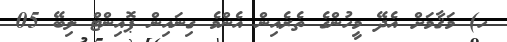
ހ) މަޤާމަށް އެދޭ މީހުންގެ ތެރެއިން އެންމެ ގިނައިން ޕޮއިންޓް ލިބޭ 05